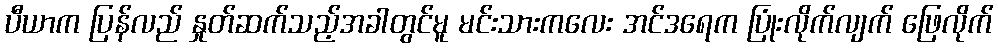
ပီယာက ပြန်လည် နှုတ်ဆက်သည့်အခါတွင်မူ မင်းသားကလေး အင်ဒရေက ပြုံးလိုက်လျက် ဖြေလိုက်